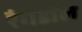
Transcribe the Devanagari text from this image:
रैगडॉल